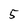
Character: 5